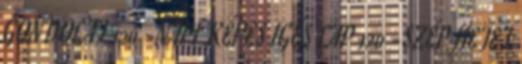
GONDOLAT 120 -NAPI KÉPES IGÉS LAP 120 -SZÉP HETET